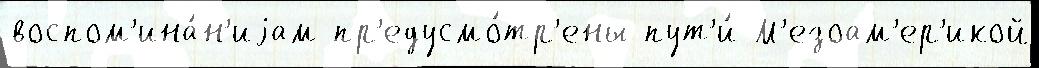
воспом'ина́н'иjам пр'едусмо́тр'ены пут'и́ М'езоам'ер'икой